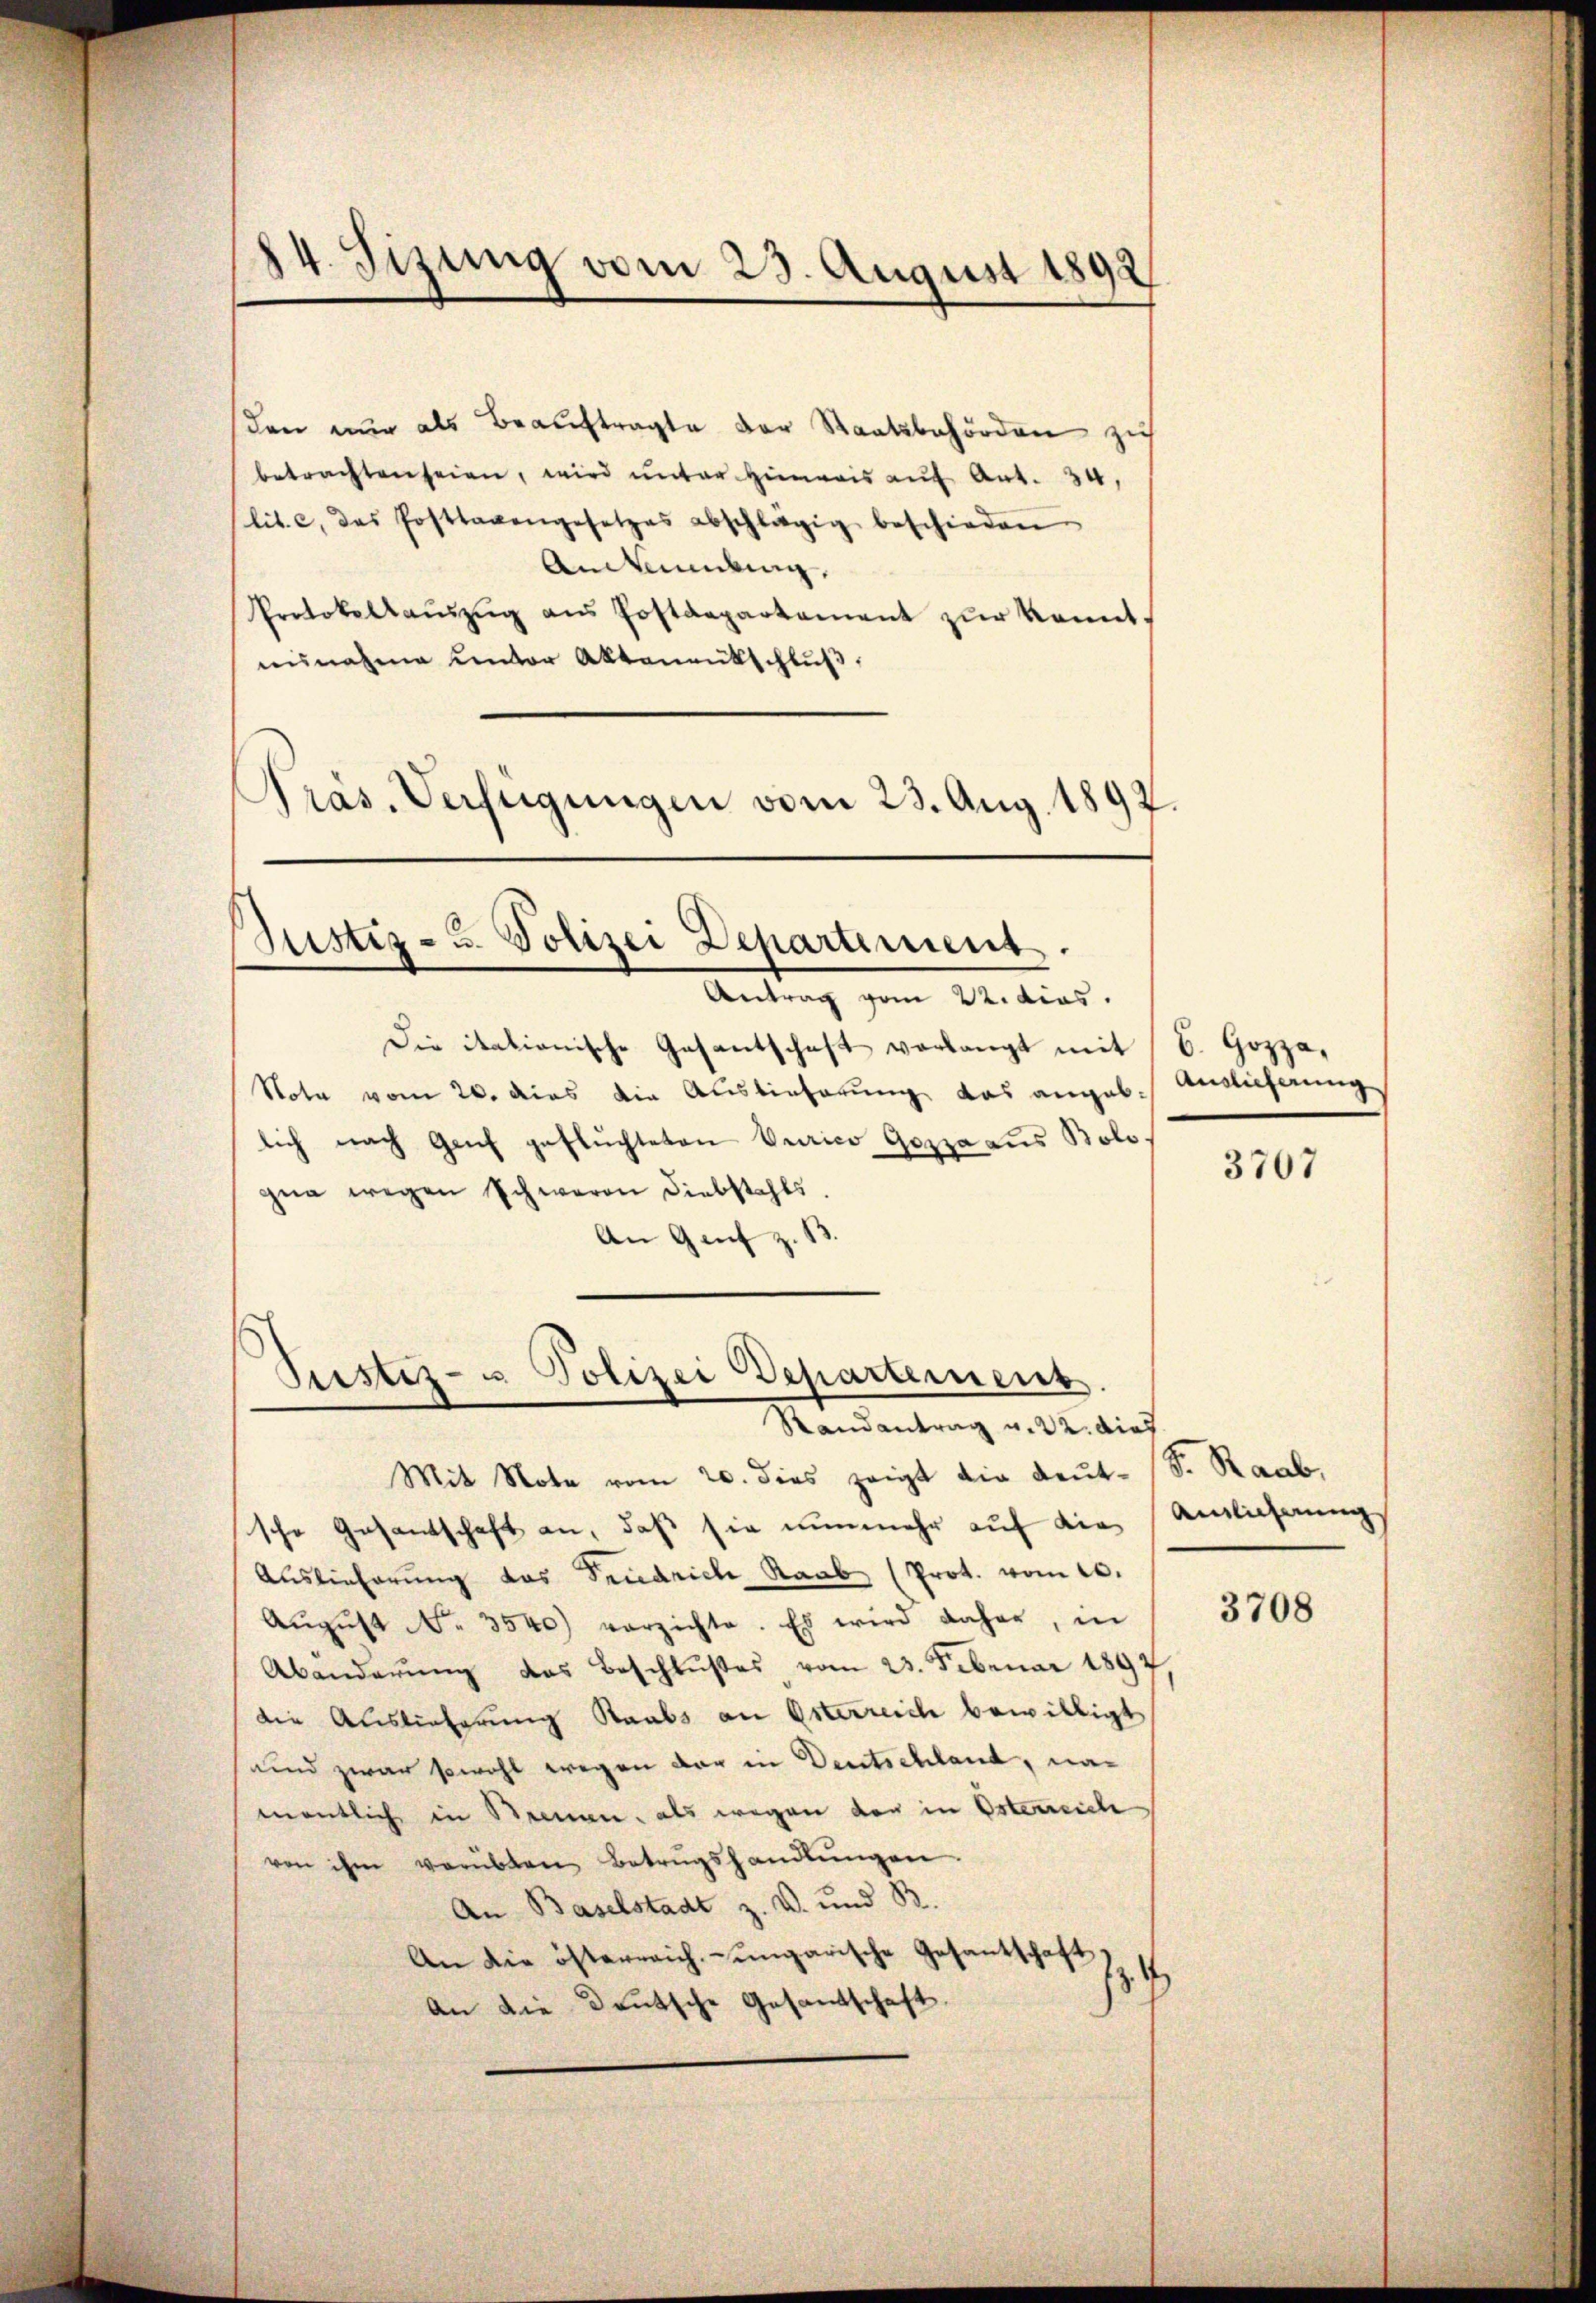
14. Sizung vom 23. August 1892

den nur als Beauftragte der Staatsbehörden zu
betrachten seien, wird unter Hinweis auf Art. 34,
lit. c, das Posttagengesetzes abschlägig beschieden.
Ankündung.
Protokollauszug aus Postdepartement zur konntausnahme unter Aktenentschlŭβ:
Präs. Verfügungen vom 23. Aug. 1892.

Justiz- u. Polizei Departement.
Antrag vom 22. dies

Die itationische Gesantschaft verlangt mit 6. Hozza,
Note vom 20. dies die Auslieferung das angeb. Auslieferung
lich nach Genf geflüchteten Berico Gozza aus Bolo.
gna wegen Schwaren Diebstahls
An Genf z.
Randantrag v. 22. dies
Mit Note vom 20. dies zeigt die Leut- (S. Raab
sche Gesantschaft an, daß sie nunmehr auf die
Auslieferung das Friedrich Raab (Prot. vom 10.
Aŭgŭst No. 3540) vorzichte. Es wird daher, in
Abänderŭng das Beschlußes vom 23. Februar 1891
die Auslieferung Staabs an Osterreiche bewilligt
und zwar sowohl wegen der in Deutschland, namentlich in Strennen, als wegen den in Österreich
von ihm verübten Betrŭgshandlŭngen.
An Baselstadt z. V. und R
An die österreich-ungarische Gesantschaft
.
An die Deutsche Gesandschaft.

Justiz- u Polizei Departement.

3707

Ainlicherung

3708